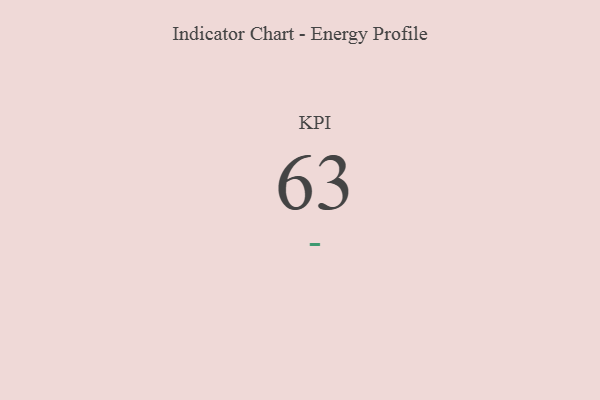
{"axis": {"x": "KPI", "y": "Value"}, "legend": [""], "data": [{"x": "KPI", "y": 63, "type": ""}]}